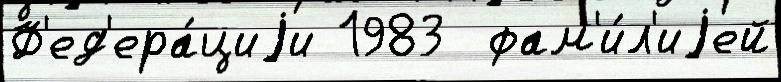
Ф'ед'ера́циjи 1983  фам'и́л'иjей